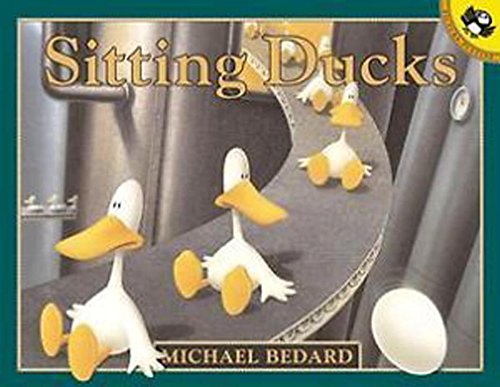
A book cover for Sitting Ducks; Michael Bedard; Children's Books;